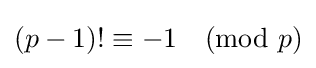
(p-1)!\equiv -1{\pmod {p}}